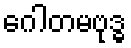
ဂေါတမဗုဒ္ဓ